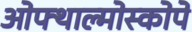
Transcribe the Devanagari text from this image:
ओफ्थाल्मोस्कोपे